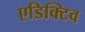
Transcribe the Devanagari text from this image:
एडिक्टिव